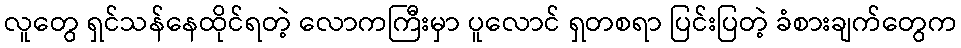
လူတွေ ရှင်သန်နေထိုင်ရတဲ့ လောကကြီးမှာ ပူလောင် ရှတစရာ ပြင်းပြတဲ့ ခံစားချက်တွေက